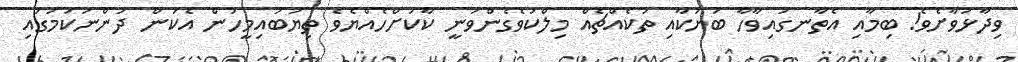
ވިދާޅުވާށެވެ! ބިމާއި އެތާނގައިވާހާ ބަޔަކާއި ތަކެއްޗެއް މިލްކުވެގެންވަނީ ކާކަށްހެއްޔެވެ ތިޔަބައިމީހުން އެކަން ދަންނަކަމުގައި